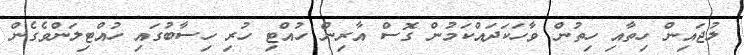
ލުޖައިން ހިތާއި ހިތުން ވާހަކަދައްކަމުން ގޮސް އާރިން ހުއްޓި ހުރި ހިސާބުގައި ހުއްޓިލަންވެގެން